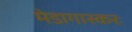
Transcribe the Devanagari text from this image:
मेडागास्करः